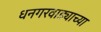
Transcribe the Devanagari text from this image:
धनगरवाड्याच्या